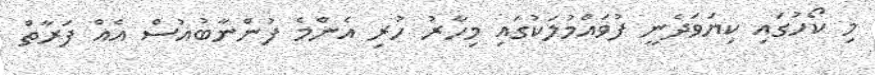
މި ކޯހުގައި ކިޔަވަދެނީ ފުވައްމުލަކުގައި މިހާރު ހުރި އެންމެ ފުންނާބުއުސް އެއް ފަރާތް